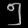
Digit: ၅